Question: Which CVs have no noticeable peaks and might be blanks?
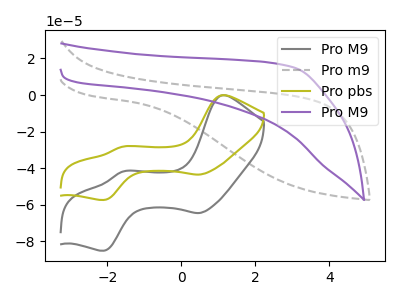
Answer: <think>The gray curve "Pro M9" has anodic peaks at (1.10V, -0.15uA) (-1.60V, -41.95uA) and cathodic peaks at (0.50V, -64.60uA) (-2.10V, -85.20uA). The gray dashed curve "Pro m9" has no peaks. The olive curve "Pro pbs" has anodic peaks at (1.10V, -0.10uA) (-1.60V, -28.30uA) and cathodic peaks at (0.50V, -43.55uA) (-2.10V, -57.45uA). The purple curve "Pro M9" has no peaks.</think>
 <answer>"Pro m9" and "Pro M9" are likely to be blanks.</answer>
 <eval>"Pro m9", "Pro M9"</eval>